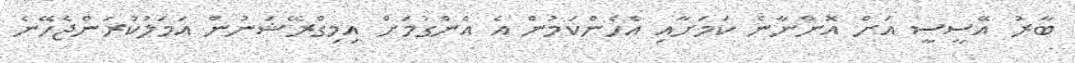
ބާރު އޭސީސީ އަށް އޮންނާނެ ކަމަށާއި އެހެންކަމުން އެ އެންގުމަށް އިމިގްރޭޝަނުން އަމަލުކުރަންޖެހޭނެ